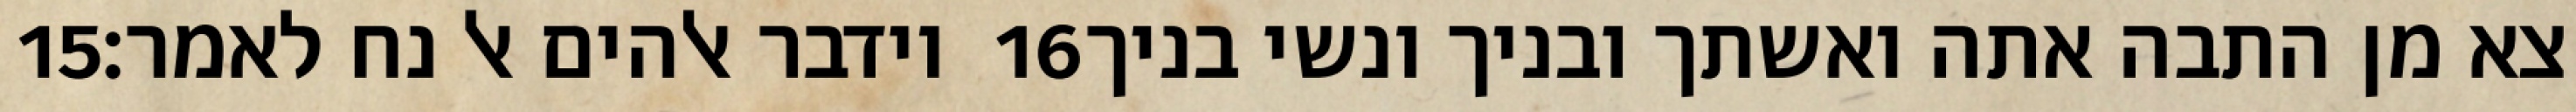
‎15‏ וידבר אלהים אל נח לאמר׃ ‎16‏ צא מן התבה אתה ואשתך ובניך ונשי בניך